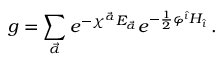
g = \sum _ { \vec { \alpha } } e ^ { - \chi ^ { \vec { \alpha } } E _ { \vec { \alpha } } } e ^ { - \frac { 1 } { 2 } \varphi ^ { \hat { \imath } } H _ { \hat { \imath } } } \, .